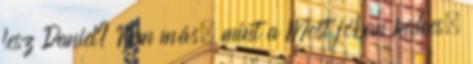
lesz Daniel? Nem más, mint a Most jóban kedves,